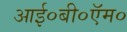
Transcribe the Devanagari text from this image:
आई०बी०ऍम०